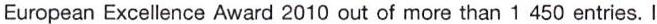
European Excellence Award 2010 out of more than 1450 entries. I